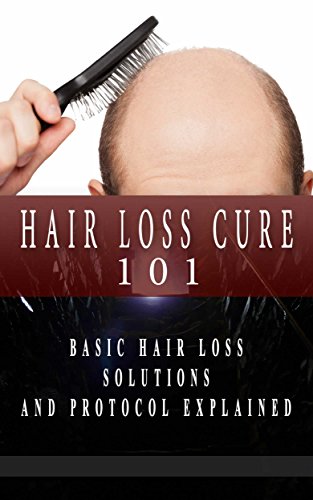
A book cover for Hair Loss: Hair Loss Solutions for Beginners - Hair Loss Basic Guide - Hair Loss Cure (Hair Loss Protocol - Hair Loss Black Book - Hair Loss for Dummies 1); Craig Donovan; Health, Fitness & Dieting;